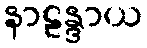
နာဠန္ဒာယ